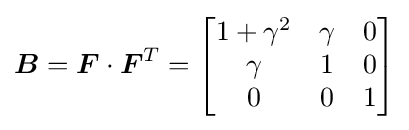
{\boldsymbol {B}}={\boldsymbol {F}}\cdot {\boldsymbol {F}}^{T}={\begin{bmatrix}1+\gamma ^{2}&\gamma &0\\\gamma &1&0\\0&0&1\end{bmatrix}}